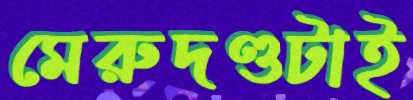
মেরুদণ্ডটাই